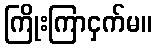
ကြိုးကြာငှက်မ။